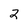
Character: 2